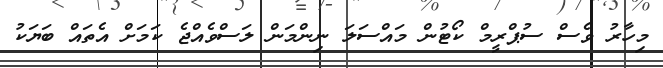
މިހާރު ވެސް ސުޕްރީމް ކޯޓުން މައްސަލަ ނިންމަން ލަސްވެއްޖެ ކަމަށް އެތައް ބަޔަކު